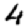
Digit: 4